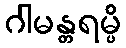
ဂါမန္တရမ္ပိ